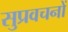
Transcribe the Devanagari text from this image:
सुप्रवचनों